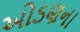
ઓડણના